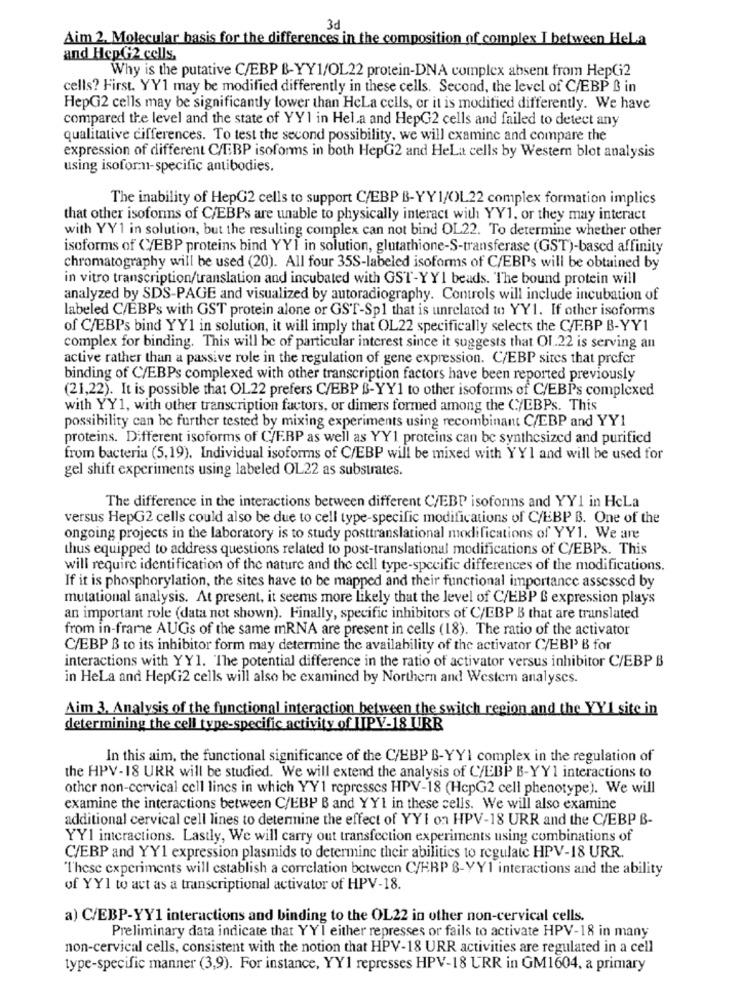
3d
Aim 2. Molecular basis for the differences in the composition of complex I between HeLa
and Hep. G2 cells,
Why is the putative C/EBP B-YY1/OL22 protein-DNA complex absent from HepGi2
cells? First. YY1 may be modified differently in these cells. Second, the level of C/EBP & in
HepG2 cells may be significantly lower than HeLa cells, or it is modified differently. We have
compared the level and the state of YY1 in Hel.a and HepG2 cells and failed to detect any
qualitative differences. To test the second possibility, we will examine and compare the
expression of different C/EBP isoforms in both HepG2 and HeLa cells by Western blot analysis
using isoform-specific antibodies.
The inability of HepG2 cells to support C/EBP B-YY1/OL22 complex formation implics
that other isoforms of C/EBPs are unable to physically interact with YY1, or they may interact
with YY1 in solution, but the resulting complex can not bind OL22. To determine whether other
isoforms of (EBP proteins bind YYI in solution, glutathione-S-transferase (GST)-based affinity
chromatography will be used (20). All four 35S-labeled isoforms of C/EBPs will be obtained by
in vitro transcription/translation and incubated with GST-YYI beads. The bound protein will
analyzed by SDS-PAGE and visualized by autoradiography. Controls will include incubation of
labeled C/EBPs with GST protein alone or GST-Spl that is unrelated to YY1. If other isoforms
of C/EBPs bind YY1 in solution, it will imply that OL22 specifically selects the C/F.BP B-YY1
complex for binding. This will be of particular interest since it suggests that Ol .. 22 is serving an
active rather than a passive role in the regulation of gene expression. C/EBP sites that prefer
binding of C/EBPs complexed with other transcription factors have been reported previously
(21,22). It is possible that OL22 prefers C/EBP B-YY1 to other isoforms of C/EBPs complexed
with YY1, with other transcription factors, or dimers formed among the C/EBPs. This
possibility can be further tested by mixing experiments using recombinant C/EBP and YY1
proteins. Different isoforms of C/FRP as well as YY1 proteins can be synthesized and purified
from bacteria (5,19). Individual isoforms of C/EBP will be mixed with YY1 and will be used for
gel shift experiments using labeled OL22 as substrates.
The difference in the interactions between different C/EBP isoforms and YY1 in HcLa
versus HepG2 cells could also be due to cell type-specific modifications of C/EBP B. One of the
ongoing projects in the laboratory is to study posttranslational modifications of YY1. We are
thus equipped to address questions related to post-translational modifications of C/EBPs. This
will require identification of the nature and the cell type-specific differences of the modifications.
If it is phosphorylation, the sites have to be mapped and their functional importance assessed by
mutational analysis. At present, it seems more likely that the level of C/EBP & expression plays
an important role (data not shown). Finally, specific inhibitors of C/EBP B that are translated
from in-frame AUGs of the same mRNA are present in cells (18). The ratio of the activator
C/EBP B to its inhibitor form may determine the availability of the activator C/EBI B for
interactions with YY1. The potential difference in the ratio of activator versus inhibitor C/EBP B
in HeLa and Hep(12 cells will also be examined by Northern and Western analyses.
Aim 3, Analysis of the functional interaction between the switch region and the YY1 site in
determining the cell type-specific activity of JIPV-18 URB
In this aim, the functional significance of the C/EBP B-YYI complex in the regulation of
the HPV-18 URK will be studied. We will extend the analysis of C/EBP B-YY1 interactions to
other non-cervical cell lines in which YY1 represses HPV-18 (HcpG2 cell phenotype). We will
examine the interactions between C/EBP B and YY1 in these cells. We will also examine
additional cervical cell lines to determine the effect of YYI on HPV-18 URR and the C/EBP B-
YY1 interactions. Lastly, We will carry out transfection experiments using combinations of
C/EBP and YY1 expression plasmids to determine their abilities to regulate HPV-18 URR.
"These experiments will establish a correlation between C/HBP B-YY1 interactions and the ability
of YY1 to act as a transcriptional activator of HPV-18.
a) C/EBP-YY1 interactions and binding to the OL22 in other non-cervical cells.
Preliminary data indicate that YYI either represses or fails to activate HPV-18 in many
non-cervical cells, consistent with the notion that HPV-18 URR activities are regulated in a cell
type-specific manner (3,9). For instance, YY1 represses HPV-18 URR in GM1604, a primary